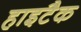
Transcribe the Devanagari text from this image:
हाइटैक